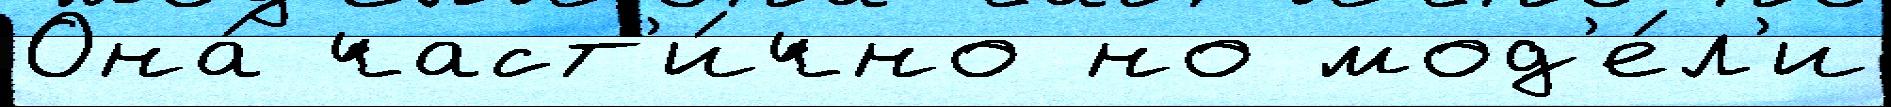
Она́ част'и́чно но мод'е́л'и